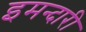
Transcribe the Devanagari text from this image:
इमन्दारी